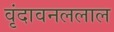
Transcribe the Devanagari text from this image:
वृंदावनललाल